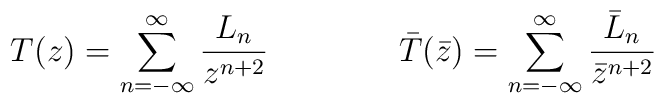
T(z)=\sum_{n=-\infty}^{\infty}\frac{L_{n}}{z^{n+2}}\qquad\qquad\bar{T}(\bar{z})=\sum_{n=-\infty}^{\infty}\frac{\bar{L}_{n}}{\bar{z}^{n+2}}